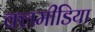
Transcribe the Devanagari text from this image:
क्लमीडिया